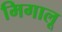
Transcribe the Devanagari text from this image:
मिगालू